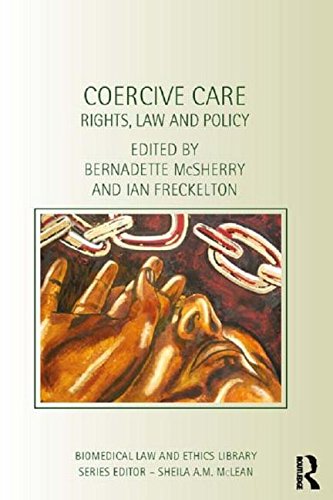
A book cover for Coercive Care: Rights, Law and Policy; Law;